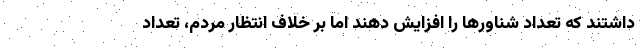
داشتند که تعداد شناورها را افزایش دهند اما بر خلاف انتظار مردم، تعداد